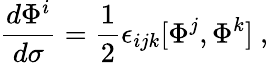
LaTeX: {\frac{d\Phi^{i}}{d\sigma}}={\frac{1}{2}}\epsilon_{ijk}[\Phi^{j},\Phi^{k}]\ ,